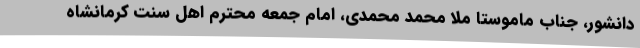
دانشور، جناب ماموستا ملا محمد محمدی، امام جمعه محترم اهل سنت کرمانشاه